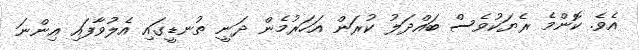
އެވެ. ކޮންމެ ރެޔަކުވެސް ބައްދަލު ކުރަން އަހަރުމެން ދަނީ ތުނޑީގައި އެލުވާފައި އިންނަ